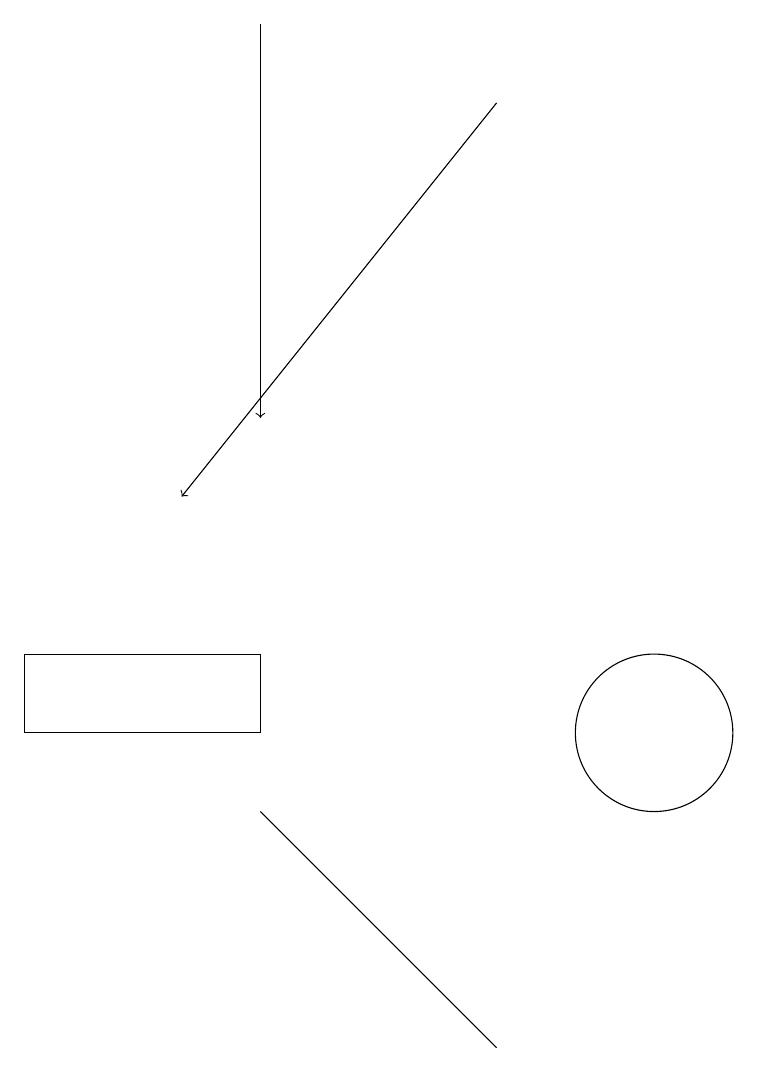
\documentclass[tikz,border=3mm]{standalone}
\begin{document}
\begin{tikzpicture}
\draw[->] (8,18) -- (4,13);
\draw (5,11) rectangle (2,10);
\draw (10,10) circle (1);
\draw (5,9) -- (8,6) -- (5,9) -- cycle;
\draw[->] (5,19) -- (5,14);
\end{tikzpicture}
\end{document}